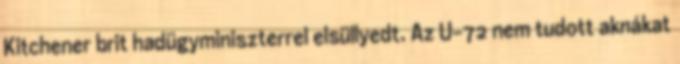
Kitchener brit hadügyminiszterrel elsüllyedt. Az U-72 nem tudott aknákat